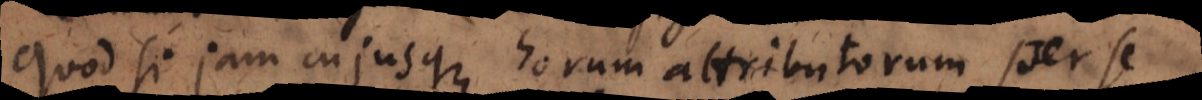
Quod si jam cujusque horum attributorum per se